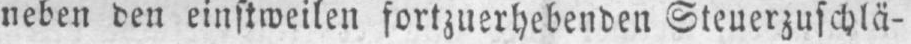
neben den einstweilen fortzuerhebenden Steuerzuschlä-